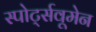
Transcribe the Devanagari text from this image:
स्पोर्ट्सवूमेन